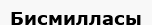
Бисмилласы